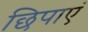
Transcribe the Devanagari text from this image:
छिपाएं